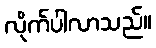
လိုက်ပါလာသည်။